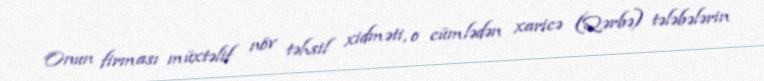
Onun firması müxtəlif növ təhsil xidməti, o cümlədən xaricə (Qərbə) tələbələrin